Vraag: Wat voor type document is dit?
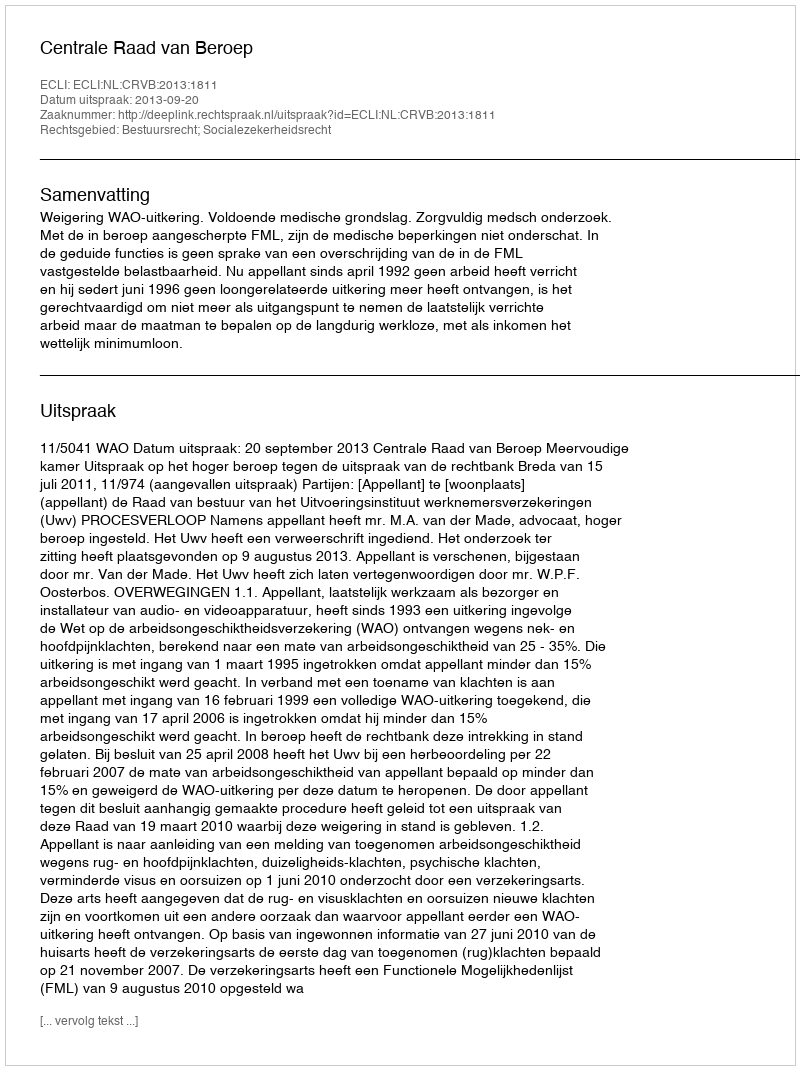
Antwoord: Uitspraak